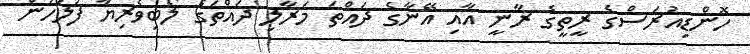
ހޮންޑިއުރަސްގެ ރީތީގެ ރާނީ އާއި އޭނާގެ ދައްތަ މަރާލި ދައްތަގެ ލޯބިވެރިޔާ ފުލުހުން